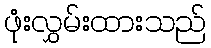
ဖုံးလွှမ်းထားသည်